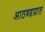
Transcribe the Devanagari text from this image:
आठवडय़ात